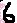
Text: 6